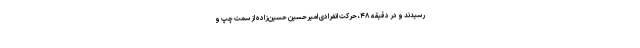
رسیدند و در دقیقه ۴۸، حرکت انفرادی امیرحسین حسین‌زاده از سمت چپ و